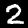
Digit: 2